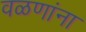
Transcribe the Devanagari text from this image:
वळणांना